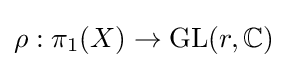
\rho :\pi _{1}(X)\to \operatorname {GL} (r,\mathbb {C} )